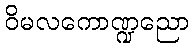
ဝိမလကောဏ္ဍညော